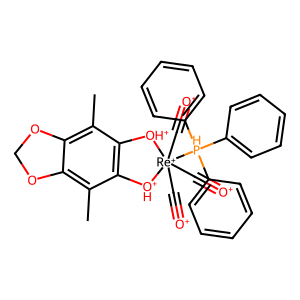
SMILES: Cc1c2c(c(C)c3c1[OH+][Re+](C#[O+])(C#[O+])(C#[O+])([PH](c1ccccc1)(c1ccccc1)c1ccccc1)[OH+]3)OCO2
Inhibits HIV replication: No